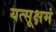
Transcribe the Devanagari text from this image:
यत्सूक्षमं